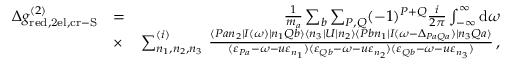
\begin{array} { r l r } { \Delta g _ { \mathrm { r e d , 2 e l , c r - S } } ^ { ( 2 ) } } & { = } & { \frac { 1 } { m _ { a } } \sum _ { b } \sum _ { P , Q } ( - 1 ) ^ { P + Q } \frac { i } { 2 \pi } \int _ { - \infty } ^ { \infty } \mathrm { d } \omega } \\ & { \times } & { \sum _ { n _ { 1 } , n _ { 2 } , n _ { 3 } } ^ { ( i ) } \, \frac { \langle P a n _ { 2 } | I ( \omega ) | n _ { 1 } Q b \rangle \langle n _ { 3 } | U | n _ { 2 } \rangle \langle P b n _ { 1 } | I ( \omega - \Delta _ { P a Q a } ) | n _ { 3 } Q a \rangle } { ( \varepsilon _ { P a } - \omega - u \varepsilon _ { n _ { 1 } } ) ( \varepsilon _ { Q b } - \omega - u \varepsilon _ { n _ { 2 } } ) ( \varepsilon _ { Q b } - \omega - u \varepsilon _ { n _ { 3 } } ) } \, , } \end{array}